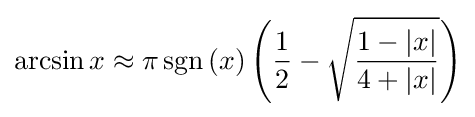
\arcsin x\approx \pi \operatorname {sgn} \left(x\right)\left({\frac {1}{2}}-{\sqrt {\frac {1-\left|x\right|}{4+\left|x\right|}}}\right)